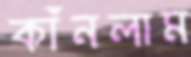
কাঁনলাম